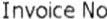
INVOICE NO